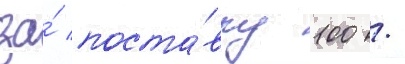
за́ поста́вку 100 /